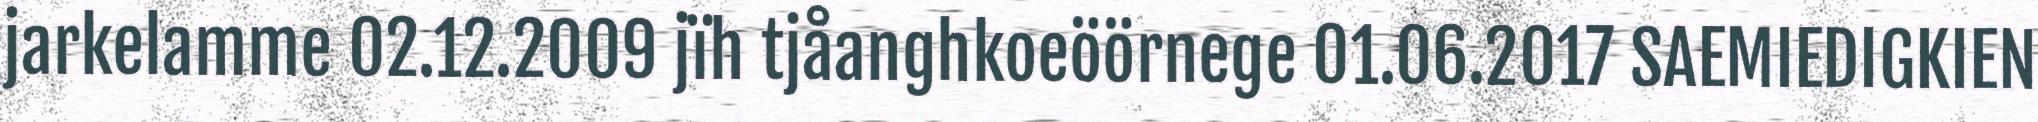
jarkelamme 02.12.2009 jïh tjåanghkoeöörnege 01.06.2017 SAEMIEDIGKIEN